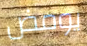
يومض